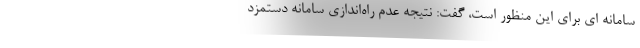
سامانه ای برای این منظور است، گفت: نتیجه عدم راه‌اندازی سامانه دستمزد